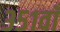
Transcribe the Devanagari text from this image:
३५१वाँ